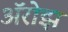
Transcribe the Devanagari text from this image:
ॲरोझ